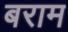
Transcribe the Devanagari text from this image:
बराम